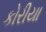
કોરીયા